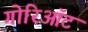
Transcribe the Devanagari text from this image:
गोरिऑट